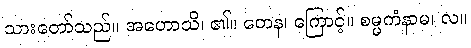
သားတော်သည်။ အဟောသိ၊ ၏။ တေန၊ ကြောင့်။ စမ္မကံနာမ၊ လ။